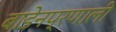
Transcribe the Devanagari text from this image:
बाडेनप्रणाली